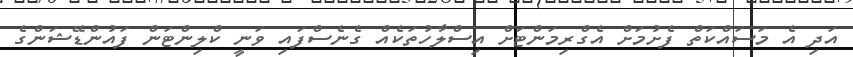
އަދި އެ މަސައްކަތް ފެށުމަށް އެގްރިމަންޓަށް އިސްލާހުތަކެއް ގެނެސްފައި ވަނީ ކްލިންޓަން ފައުންޑޭޝަންގެ